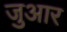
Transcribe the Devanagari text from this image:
जुआर